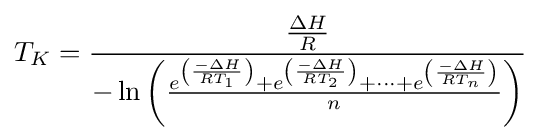
T_{K}={\cfrac {\frac {\Delta H}{R}}{-\ln \left({\frac {e^{\left({\frac {-\Delta H}{RT_{1}}}\right)}+e^{\left({\frac {-\Delta H}{RT_{2}}}\right)}+\cdots +e^{\left({\frac {-\Delta H}{RT_{n}}}\right)}}{n}}\right)}}